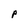
Character: P